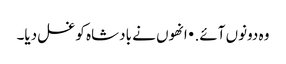
وہ دونوں آئے. • انھوں نے بادشاہ کو غسل دیا۔